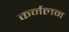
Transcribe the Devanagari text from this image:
कर्नलन